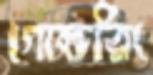
গোল্ডরিং